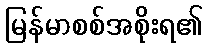
မြန်မာစစ်အစိုးရ၏